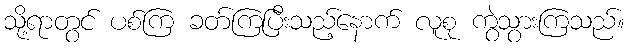
သို့ရာတွင် ပစ်ကြ ခတ်ကြပြီးသည့်နောက် လူစု ကွဲသွားကြသည်။